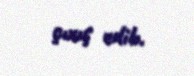
çıxış edib.